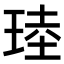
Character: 𪻧